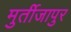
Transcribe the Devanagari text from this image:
मुर्तीजापुर